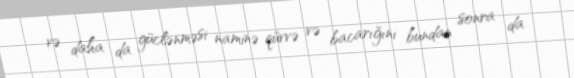
və daha da güclənməsi naminə qüvvə və bacarığını bundan sonra da